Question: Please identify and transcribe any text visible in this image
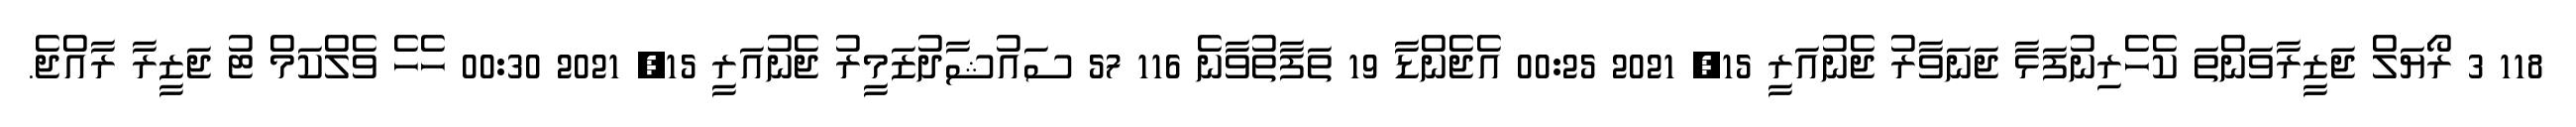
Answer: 118 3 ރޯޔަލް ޖަޒީރާވަންތަ ކެހެރިނުފަޅާ ޖަނަވާރު ޖެނުއަރީ 15, 2021 00:25 އެޖެންޑާ 19 ތަފާތުވާނެ 116 57 ސައުޝާދުޒަމީރު ޖެނުއަރީ 15, 2021 00:30 ހެހެ ވެލްކަމް ޓު ޖަޒީރާ ރާއްޖެ.